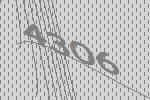
4306